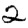
Digit: 2